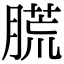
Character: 㬻